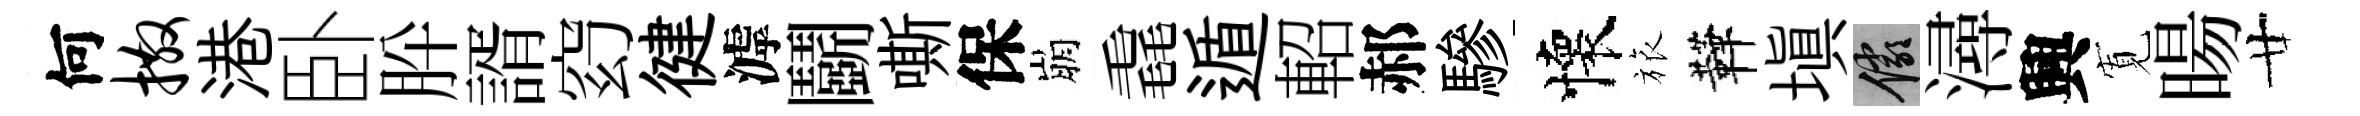
何撒港卧肸諝𥥆徤滹鬬嘶保崩毳遁軺郝驂懷旅鞾塡儼潯興𡩖暘廿